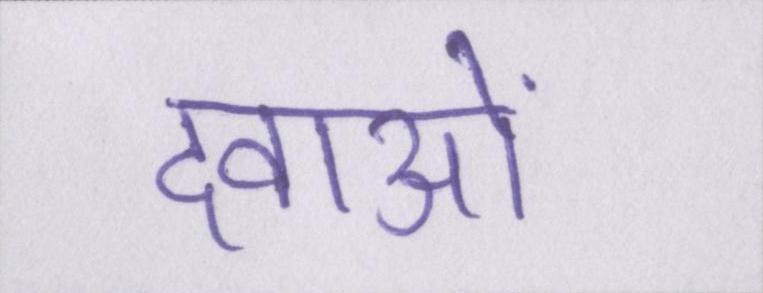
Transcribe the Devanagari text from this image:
दवाओं